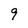
Character: 9